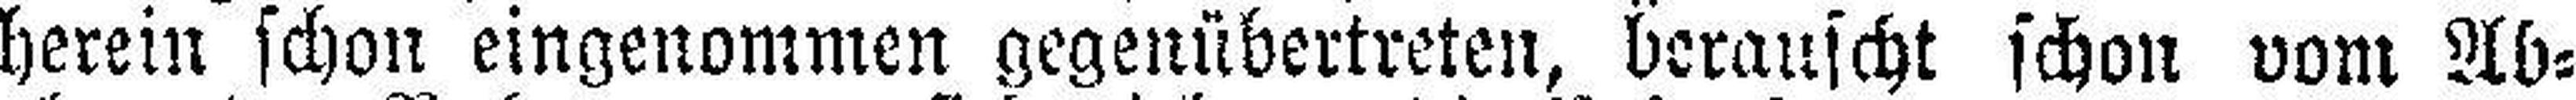
herein schon eingenommen gegenübertrete, berauscht schon vom Ab¬